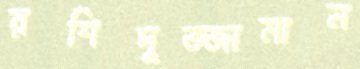
রশিদুজ্জামান